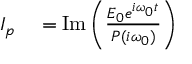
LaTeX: \begin{array} { r l } { I _ { p } } & { { } = \operatorname { I m } \left( { \frac { E _ { 0 } e ^ { i \omega _ { 0 } t } } { P ( i \omega _ { 0 } ) } } \right) } \end{array}